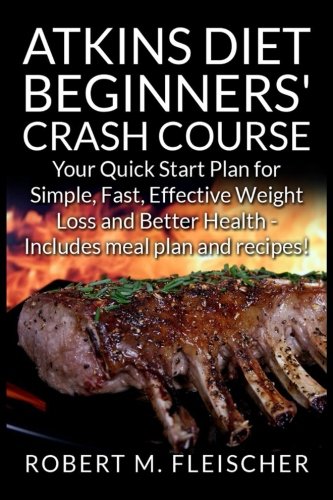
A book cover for Atkins Diet Beginners' Crash Course: Your Quick Start Plan for Simple, Fast, Effective Weight Loss and Better Health - Includes meal plan and recipes!; Robert M Fleischer; Health, Fitness & Dieting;